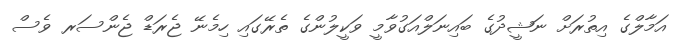
އަމާލްގެ އިތުރަށް ނަޝީދުގެ ބައިނަލްއަގުވާމީ ވަކީލުންގެ ތެރޭގައި ހިމެނޭ ޖެރަޑް ޖެންސަރ ވެސް